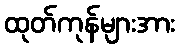
ထုတ်ကုန်များအား